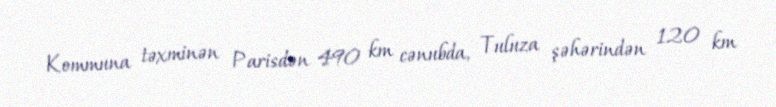
Kommuna təxminən Parisdən 490 km cənubda, Tuluza şəhərindən 120 km